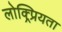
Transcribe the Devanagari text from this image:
लोक्र्प्रियता